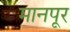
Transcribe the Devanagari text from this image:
मानपूर